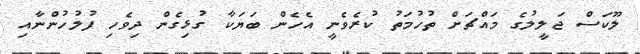
ލޫކަސް ޖަލީލުގެ މައްޗަށް ތުހުމަތު ކުރެވެނީ އެހެން ބަޔަކާ ގުޅިގެން ދިވެހި ފުލުހުންނާއި